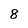
Character: 8